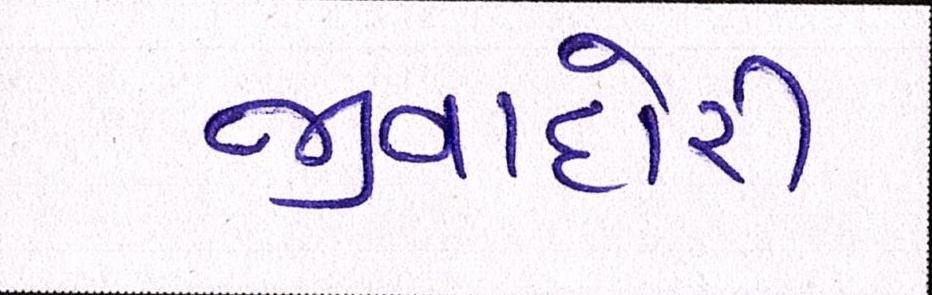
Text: જીવાદોરી